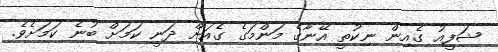
ޝަފީއު ގެއިން ނިކުތީ އޭނާގެ މަންމަގެ ގެއަށް ދަނީ ކަމަށް ބުނެ ކަމަށެވެ.